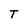
Character: T